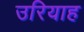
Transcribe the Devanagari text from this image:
उरियाह